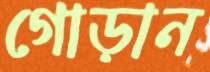
গোড়ান